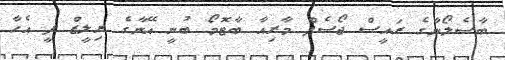
ބާސެލޯނާގެ ރައީސް ޖޯސެފް މާރިއާ ބާޓޮމޯ ބުނީ އޭނާގެ ރިލީޒް ފީ އެހާ